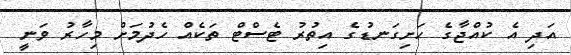
އަދި އެ ކުއްޖާގެ ހަށިގަނޑުގެ އިތުރު ޓެސްޓް ތަކެއް ހެދުމަށް މިހާރު ވަނީ